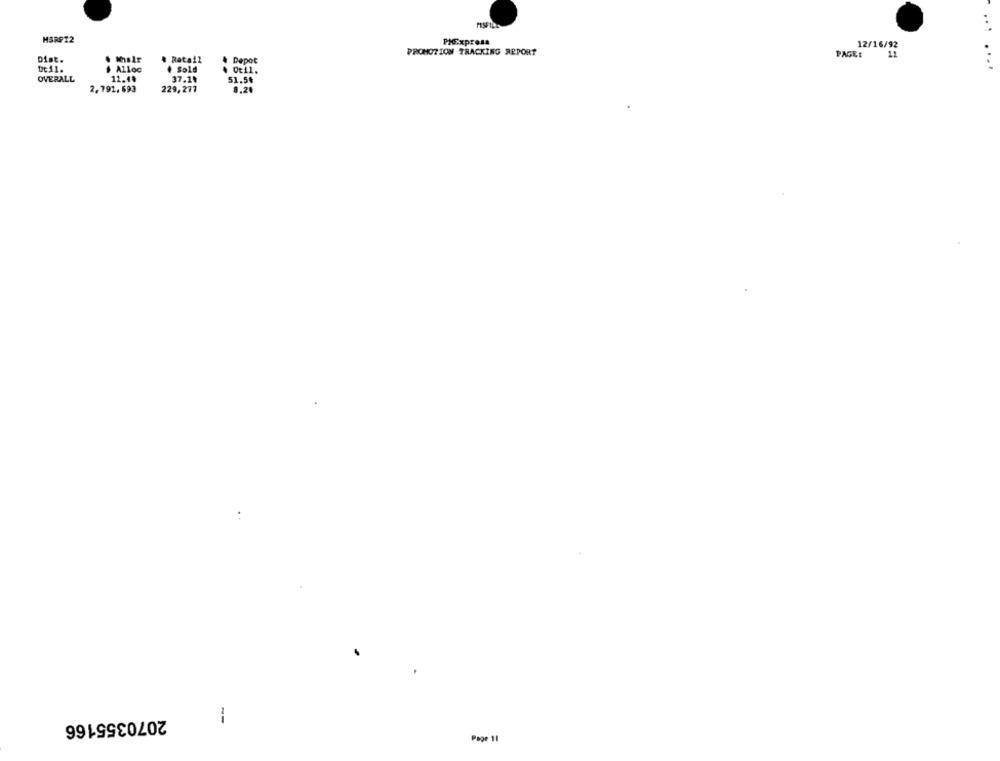
...
MSRP12
PHExpress
PROMOTION TRACKING REPORT
PAGE: 11
12/16/92
Dist.
. Retail
Depot
# Alloc
4 Sold
De11.
...
OVERALL
11.4៛
37.1₺
51.54
2,791,693
229,271
0,20
2070355166
1
Page 11